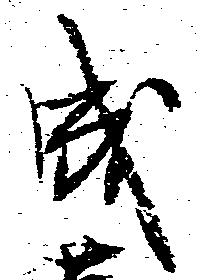
成